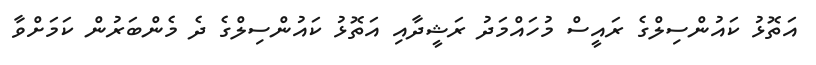
އަތޮޅު ކައުންސިލްގެ ރައީސް މުހައްމަދު ރަޝީދާއި އަތޮޅު ކައުންސިލްގެ ދެ މެންބަރުން ކަމަށްވާ